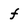
Character: f